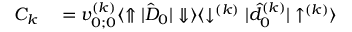
\begin{array} { r l } { C _ { k } } & { { } = v _ { 0 ; 0 } ^ { ( k ) } \langle \Uparrow | \hat { D } _ { 0 } | \Downarrow \rangle \langle \downarrow ^ { ( k ) } | \hat { d } _ { 0 } ^ { ( k ) } | \uparrow ^ { ( k ) } \rangle } \end{array}